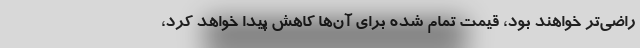
راضی‌تر خواهند بود، قیمت تمام شده برای آن‌ها کاهش پیدا خواهد کرد،